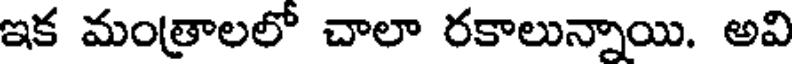
ఇక మంత్రాలలో చాలా రకాలున్నాయి. అవి